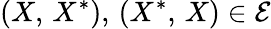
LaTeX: (X,\, X^{\ast}),\, (X^{\ast},\, X)\in\mathcal{E}